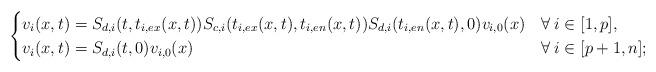
LaTeX: \begin{align*} \begin{cases} v_i(x,t)=S_{d,i}(t,t_{i,ex}(x,t))S_{c,i}(t_{i,ex}(x,t),t_{i,en}(x,t))S_{d,i}(t_{i,en}(x,t),0)v_{i,0}(x) & \forall\:i\in[1,p],\\ v_i(x,t)=S_{d,i}(t,0)v_{i,0}(x) & \forall\:i\in[p+1,n]; \end{cases} \end{align*}